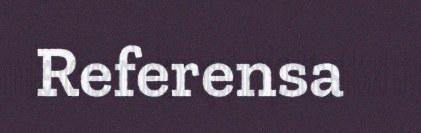
Referensa